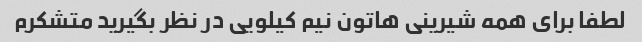
لطفا برای همه شیرینی هاتون نیم کیلویی در نظر بگیرید متشکرم